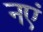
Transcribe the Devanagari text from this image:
नएं